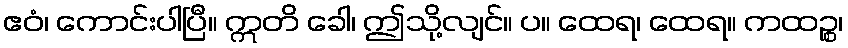
ဧဝံ၊ ကောင်းပါပြီ။ ဣတိ ခေါ၊ ဤသို့လျင်။ ပ။ ထေရ၊ ထေရ။ ကထဉ္စ၊